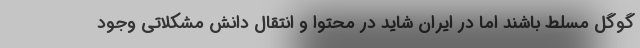
گوگل مسلط باشند اما در ایران شاید در محتوا و انتقال دانش مشکلاتی وجود